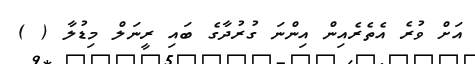
އަށް ވުރެ އެތެރެއިން އިންނަ ގުރުދާގެ ބައި ރީނަލް މިޑުލާ ( )